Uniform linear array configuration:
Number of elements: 4
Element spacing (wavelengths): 0.5
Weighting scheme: uniform
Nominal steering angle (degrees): -15
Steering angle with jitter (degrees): -15.277
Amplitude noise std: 0.05
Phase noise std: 0.05

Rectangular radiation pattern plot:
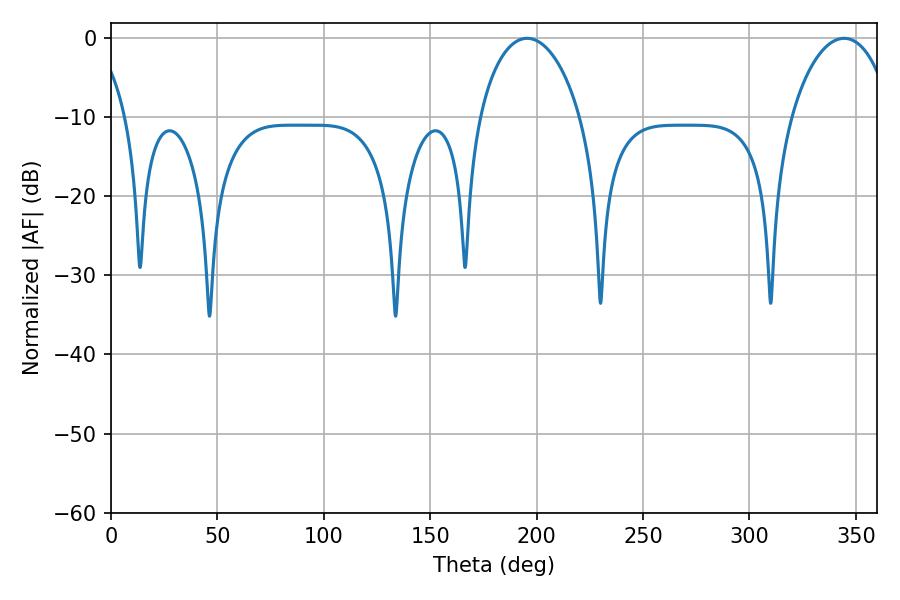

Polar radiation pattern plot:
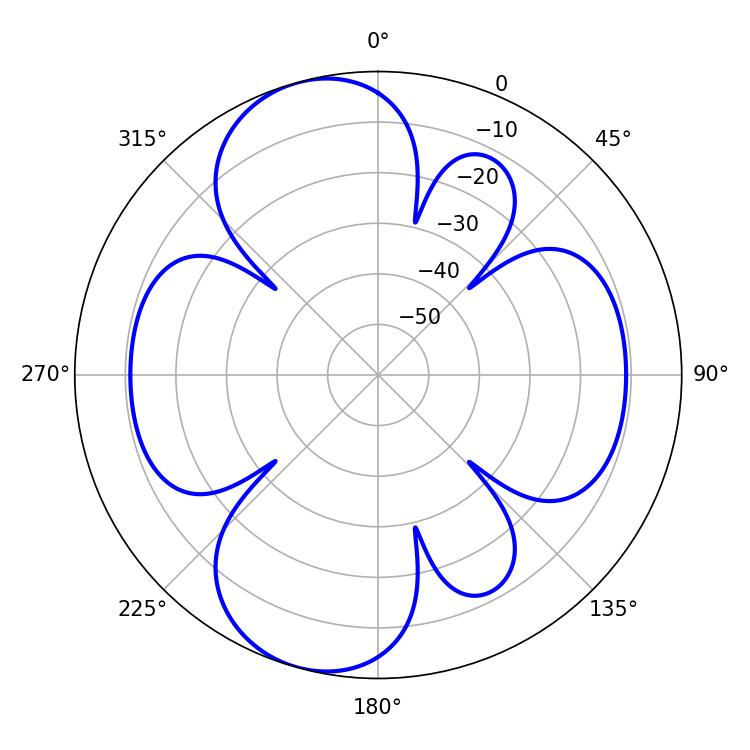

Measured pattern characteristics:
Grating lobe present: FALSE
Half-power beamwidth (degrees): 27.36
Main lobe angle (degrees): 195.48